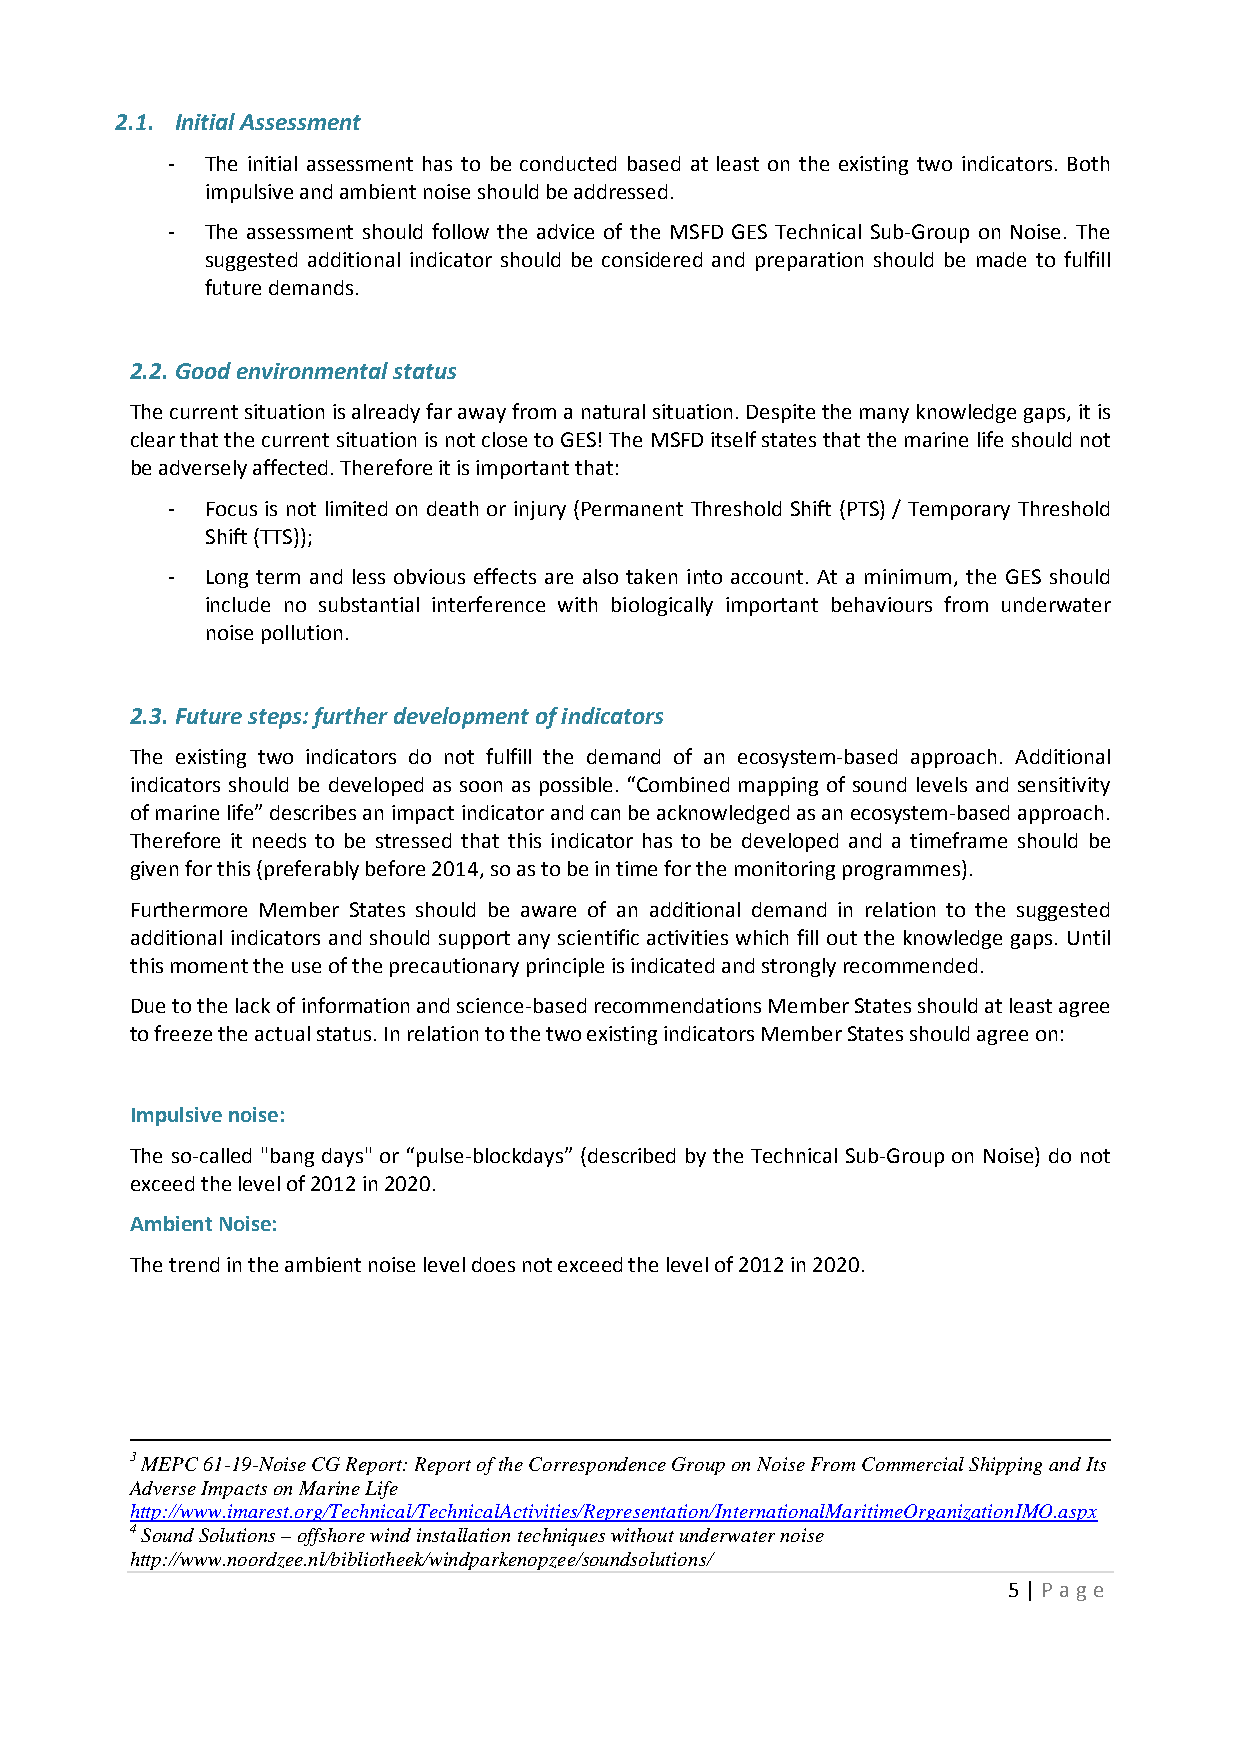
2.1. Initial Assessment
 -  The initial assessment has to be conducted based at least on the existing two indicators. Both
 impulsive and ambient noise should be addressed.
 -  The assessment should follow the advice of the MSFD GES Technical Sub-Group on Noise. The
 suggested additional indicator should be considered and preparation should be made to fulfill
 future demands.
 2.2. Good environmental status
 The current situation is already far away from a natural situation. Despite the many knowledge gaps, it is
 clear that the current situation is not close to GES! The MSFD itself states that the marine life should not
 be adversely affected. Therefore it is important that:
 -  Focus is not limited on death or injury (Permanent Threshold Shift (PTS) / Temporary Threshold
 Shift (TTS));
 -  Long term and less obvious effects are also taken into account. At a minimum, the GES should
 include no substantial interference with biologically important behaviours from underwater
 noise pollution.
 2.3. Future steps: further development of indicators
 The existing two indicators do not fulfill the demand of an ecosystem-based approach. Additional
 indicators should be developed as soon as possible. “Combined mapping of sound levels and sensitivity
 of marine life” describes an impact indicator and can be acknowledged as an ecosystem-based approach.
 Therefore it needs to be stressed that this indicator has to be developed and a timeframe should be
 given for this (preferably before 2014, so as to be in time for the monitoring programmes).
 Furthermore Member States should be aware of an additional demand in relation to the suggested
 additional indicators and should support any scientific activities which fill out the knowledge gaps. Until
 this moment the use of the precautionary principle is indicated and strongly recommended.
 Due to the lack of information and science-based recommendations Member States should at least agree
 to freeze the actual status. In relation to the two existing indicators Member States should agree on:
 Impulsive noise:
 The so-called "bang days" or “pulse-blockdays” (described by the Technical Sub-Group on Noise) do not
 exceed the level of 2012 in 2020.
 Ambient Noise:
 The trend in the ambient noise level does not exceed the level of 2012 in 2020.
 3 MEPC 61-19-Noise CG Report: Report of the Correspondence Group on Noise From Commercial Shipping and Its
 Adverse Impacts on Marine Life
 http://www.imarest.org/Technical/TechnicalActivities/Representation/InternationalMaritimeOrganizationIMO.aspx
 4 Sound Solutions – offshore wind installation techniques without underwater noise
 http://www.noordzee.nl/bibliotheek/windparkenopzee/soundsolutions/
 5 | P age